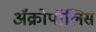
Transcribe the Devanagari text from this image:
ॲक्रोपॉलिस